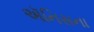
ઍનિસના